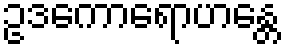
ဥဒကောရောဟန္တေ